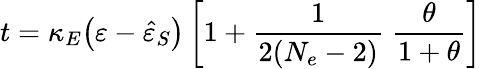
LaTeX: t=\kappa_{E}\big(\varepsilon-\hat{\varepsilon}_{S}\big)\left[1+\frac{1}{2(N_{e}-2)}\; \frac{\theta}{1+\theta}\right]